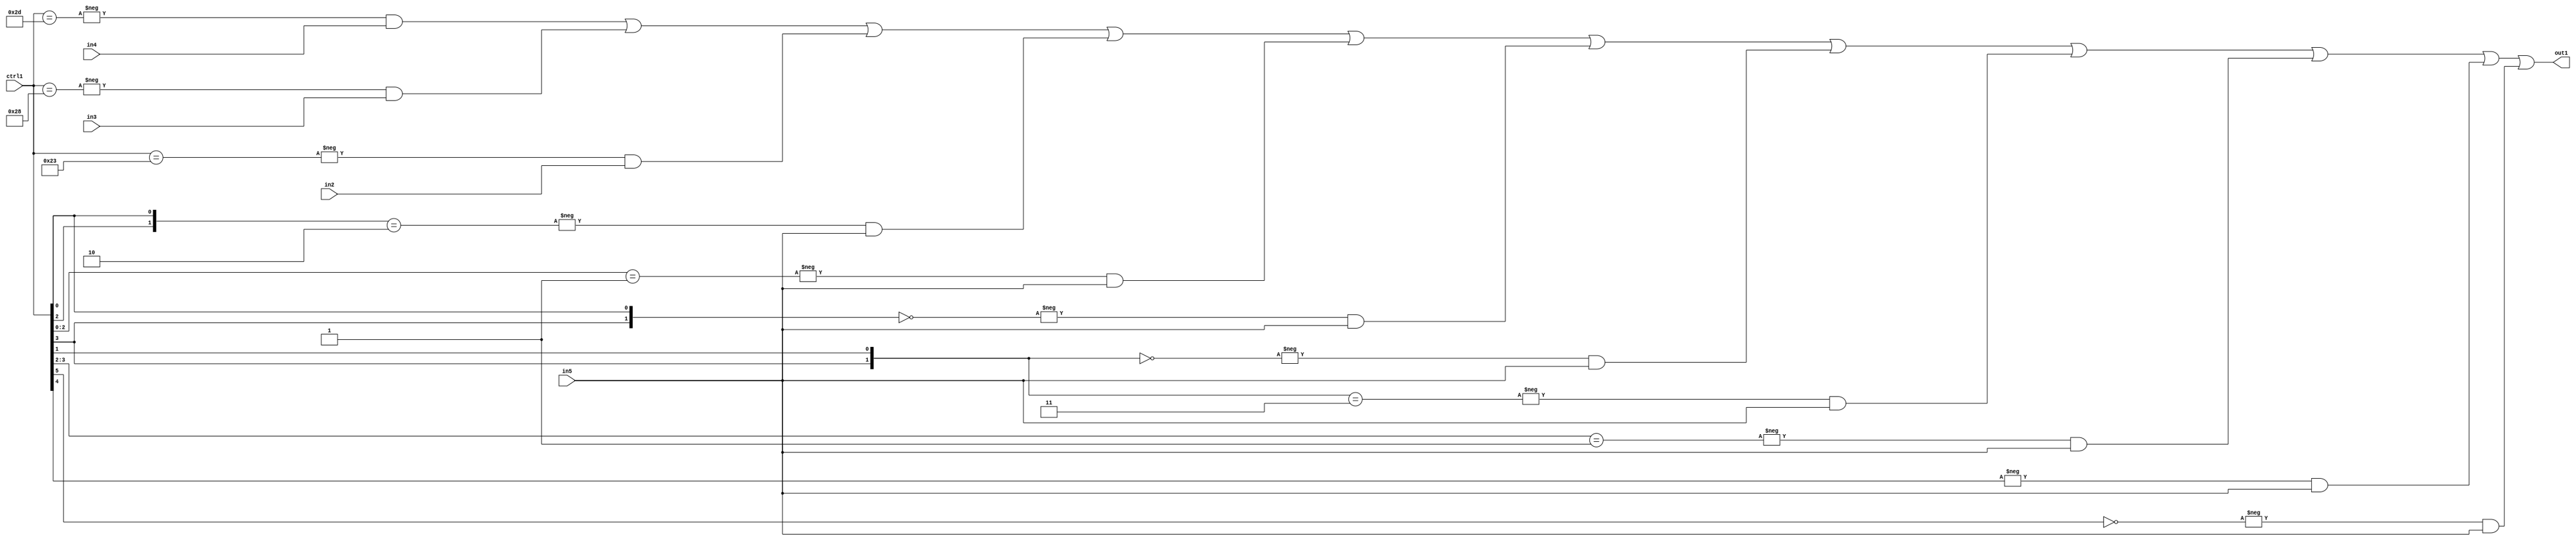
`timescale 1ps / 1ps
/*****************************************************************************
    Verilog RTL Description
    
    
    Created by: Stratus DpOpt 21.05.01 
*******************************************************************************/

module SobelFilter_N_Mux_32_4_30_1 (
	in5,
	in4,
	in3,
	in2,
	ctrl1,
	out1
	); /* architecture "behavioural" */ 
input [31:0] in5;
input [8:0] in4,
	in3,
	in2;
input [5:0] ctrl1;
output [31:0] out1;
wire [31:0] asc001;

assign asc001 = 
	-{ctrl1 == 6'B101101} & in4 |
	-{ctrl1 == 6'B101000} & in3 |
	-{ctrl1 == 6'B100011} & in2 |
	-{{ctrl1[2], ctrl1[0]} == 2'B10} & in5 |
	-{ctrl1[2:0] == 3'B001} & in5 |
	-{{ctrl1[3], ctrl1[0]} == 2'B00} & in5 |
	-{{ctrl1[3], ctrl1[1]} == 2'B00} & in5 |
	-{{ctrl1[3], ctrl1[1]} == 2'B11} & in5 |
	-{ctrl1[3:2] == 2'B01} & in5 |
	-{ctrl1[4] == 1'B1} & in5 |
	-{ctrl1[5] == 1'B0} & in5 ;

assign out1 = asc001;
endmodule

/* CADENCE  vbHyQw0= : u9/ySxbfrwZIxEzHVQQV8Q== ** DO NOT EDIT THIS LINE ******/